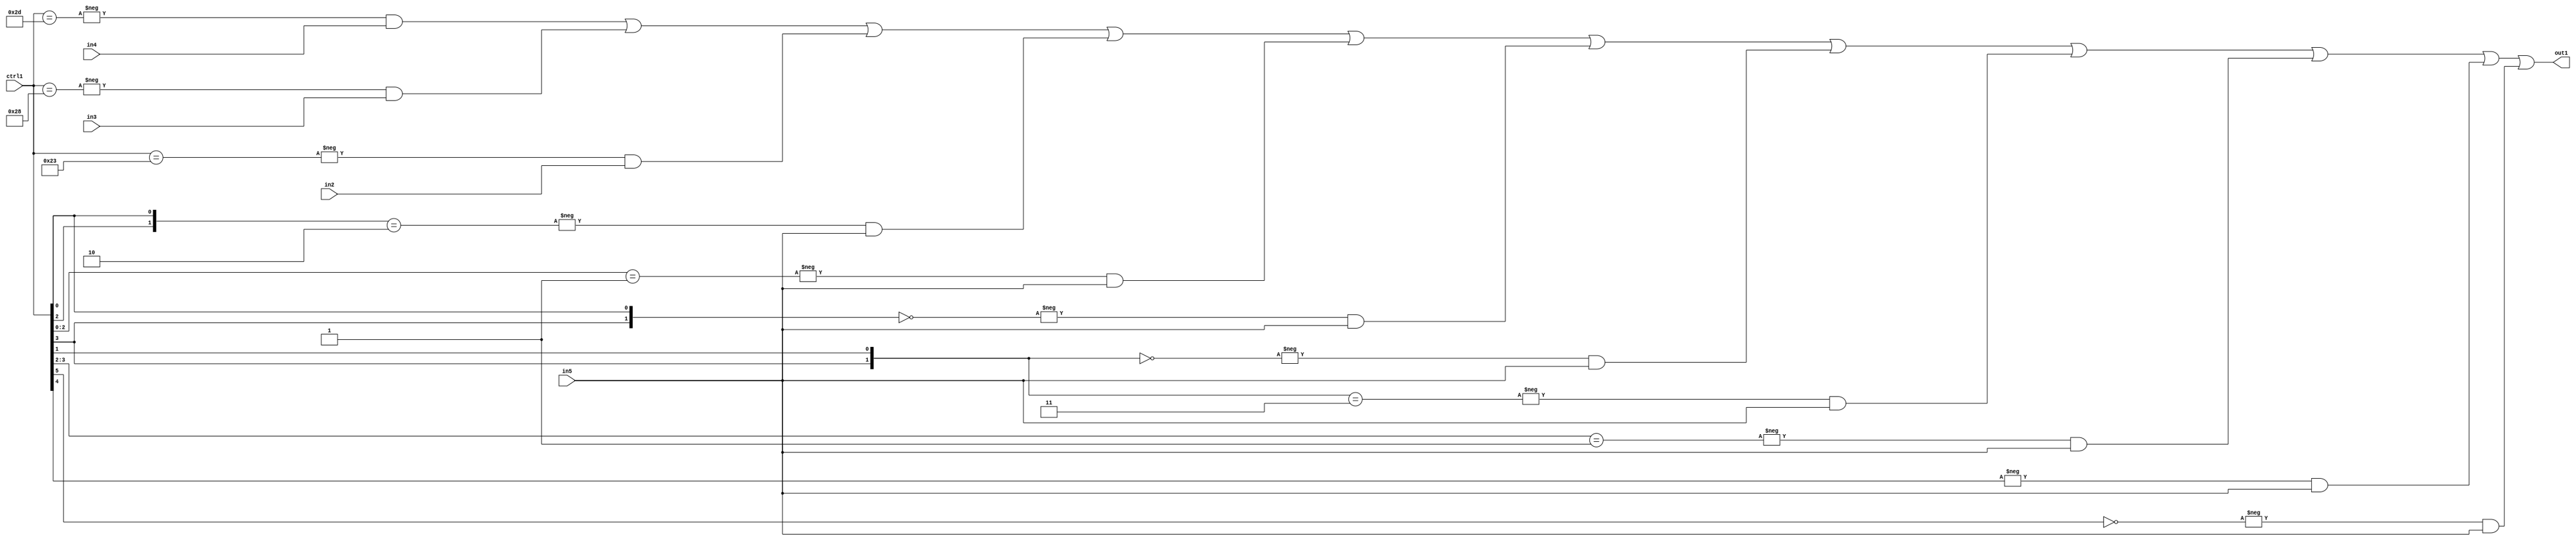
`timescale 1ps / 1ps
/*****************************************************************************
    Verilog RTL Description
    
    
    Created by: Stratus DpOpt 21.05.01 
*******************************************************************************/

module SobelFilter_N_Mux_32_4_30_1 (
	in5,
	in4,
	in3,
	in2,
	ctrl1,
	out1
	); /* architecture "behavioural" */ 
input [31:0] in5;
input [8:0] in4,
	in3,
	in2;
input [5:0] ctrl1;
output [31:0] out1;
wire [31:0] asc001;

assign asc001 = 
	-{ctrl1 == 6'B101101} & in4 |
	-{ctrl1 == 6'B101000} & in3 |
	-{ctrl1 == 6'B100011} & in2 |
	-{{ctrl1[2], ctrl1[0]} == 2'B10} & in5 |
	-{ctrl1[2:0] == 3'B001} & in5 |
	-{{ctrl1[3], ctrl1[0]} == 2'B00} & in5 |
	-{{ctrl1[3], ctrl1[1]} == 2'B00} & in5 |
	-{{ctrl1[3], ctrl1[1]} == 2'B11} & in5 |
	-{ctrl1[3:2] == 2'B01} & in5 |
	-{ctrl1[4] == 1'B1} & in5 |
	-{ctrl1[5] == 1'B0} & in5 ;

assign out1 = asc001;
endmodule

/* CADENCE  vbHyQw0= : u9/ySxbfrwZIxEzHVQQV8Q== ** DO NOT EDIT THIS LINE ******/